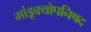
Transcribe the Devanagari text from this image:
मांडूक्योपनिषद